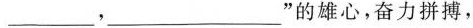
___，___”的雄心，奋力拼搏，